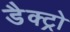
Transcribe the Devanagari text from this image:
डैक्ट्रो